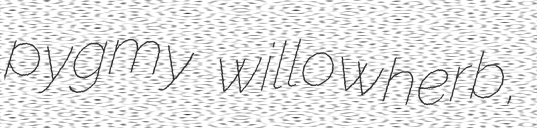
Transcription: pygmy willowherb,